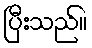
ပြီးသည်။